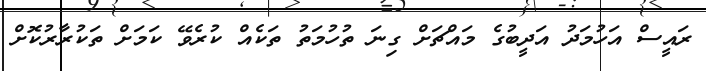
ރައީސް އަހުމަދު އަދީބުގެ މައްޗަށް ގިނަ ތުހުމަތު ތަކެއް ކުރެވޭ ކަމަށް ތަކުރާރުކޮށް